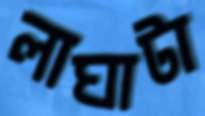
লাঘাটা